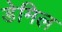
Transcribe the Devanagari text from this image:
डेमिल